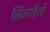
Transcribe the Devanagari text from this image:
खिलाड़िओ